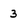
Character: 3